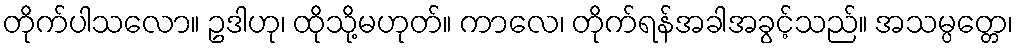
တိုက်ပါသလော။ ဥဒါဟု၊ ထိုသို့မဟုတ်။ ကာလေ၊ တိုက်ရန်အခါအခွင့်သည်။ အသမ္ပတ္တေ၊